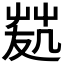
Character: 𠙢